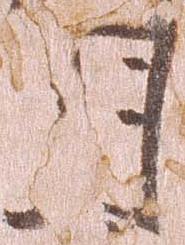
月